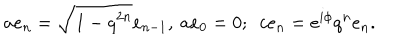
a e _ { n } = \sqrt { 1 - q ^ { 2 n } } e _ { n - 1 } , ~ a e _ { 0 } = 0 ; ~ ~ c e _ { n } = e ^ { i \phi } q ^ { n } e _ { n } .